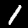
Label: 1